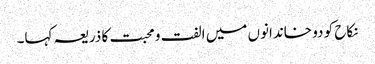
نکاح کو دو خاندانوں میں الفت و محبت کا ذریعہ کہا۔